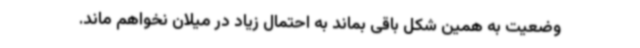
وضعیت به همین شکل باقی بماند به احتمال زیاد در میلان نخواهم ماند.